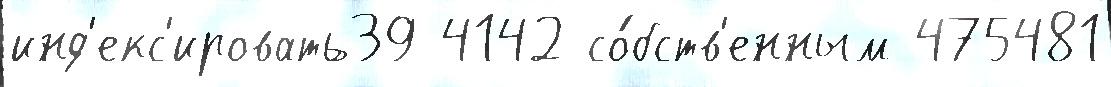
инд'екс'ировать39 4142 со́бств'енным 475481